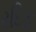
રદિફ